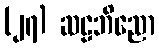
(၂၇) ဆဠဘိညော